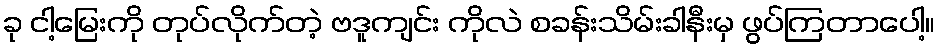
ခု ငါ့မြေးကို တုပ်လိုက်တဲ့ ဗဒူကျင်း ကိုလဲ စခန်းသိမ်းခါနီးမှ ဖွပ်ကြတာပေါ့။